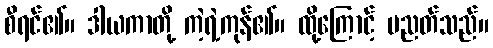
စီရင်၏။ ဒါယကာတို့ ကဲ့ရဲ့ကုန်၏။ ထို့ကြောင့် ပညတ်သည်။